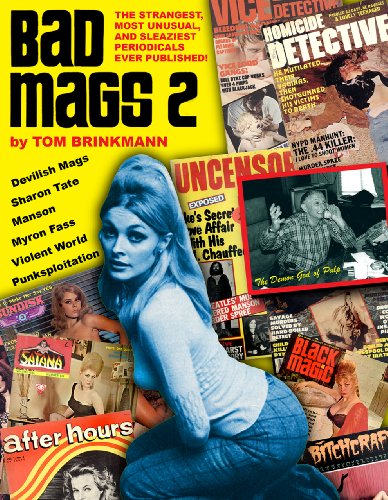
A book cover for Bad Mags 2: The Strangest, Sleaziest, and Most Unusual Periodicals Ever Published!; Tom Brinkmann; Crafts, Hobbies & Home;